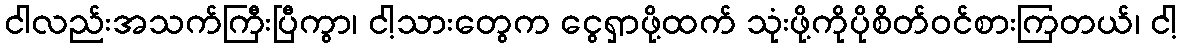
ငါလည်းအသက်ကြီးပြီကွာ၊ ငါ့သားတွေက ငွေရှာဖို့ထက် သုံးဖို့ကိုပိုစိတ်ဝင်စားကြတယ်၊ ငါ့